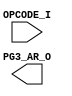
// [TURBO9_DECODE_HEADER_START]
//////////////////////////////////////////////////////////////////////////////
//                          Turbo9 Microprocessor IP
//////////////////////////////////////////////////////////////////////////////
// Website: www.turbo9.org
// Contact: team[at]turbo9[dot]org
//////////////////////////////////////////////////////////////////////////////
// [TURBO9_DECODE_LICENSE_START]
// BSD-1-Clause
//
// Copyright (c) 2020-2023
// Kevin Phillipson
// Michael Rywalt
// All rights reserved.
//
// Redistribution and use in source and binary forms, with or without
// modification, are permitted provided that the following conditions are met:
//
// 1. Redistributions of source code must retain the above copyright notice,
//    this list of conditions and the following disclaimer.
//
// THIS SOFTWARE IS PROVIDED BY THE COPYRIGHT HOLDERS AND CONTRIBUTORS "AS IS"
// AND ANY EXPRESS OR IMPLIED WARRANTIES, INCLUDING, BUT NOT LIMITED TO, THE
// IMPLIED WARRANTIES OF MERCHANTABILITY AND FITNESS FOR A PARTICULAR PURPOSE
// ARE DISCLAIMED. IN NO EVENT SHALL THE COPYRIGHT HOLDERS AND CONTRIBUTORS BE
// LIABLE FOR ANY DIRECT, INDIRECT, INCIDENTAL, SPECIAL, EXEMPLARY, OR
// CONSEQUENTIAL DAMAGES (INCLUDING, BUT NOT LIMITED TO, PROCUREMENT OF
// SUBSTITUTE GOODS OR SERVICES; LOSS OF USE, DATA, OR PROFITS; OR BUSINESS
// INTERRUPTION) HOWEVER CAUSED AND ON ANY THEORY OF LIABILITY, WHETHER IN
// CONTRACT, STRICT LIABILITY, OR TORT (INCLUDING NEGLIGENCE OR OTHERWISE)
// ARISING IN ANY WAY OUT OF THE USE OF THIS SOFTWARE, EVEN IF ADVISED OF THE
// POSSIBILITY OF SUCH DAMAGE.
// [TURBO9_DECODE_LICENSE_END]
//////////////////////////////////////////////////////////////////////////////
// Description:
// Assembled from turbo9_urtl.asm file
// built using cv_AR_SEL ctrl_vec
//
//////////////////////////////////////////////////////////////////////////////
// History:
// 07.14.2023 - Kevin Phillipson
//   File header added
//
//////////////////////////////////////////////////////////////////////////////
// [TURBO9_DECODE_HEADER_END]

/////////////////////////////////////////////////////////////////////////////
//                                MODULE
/////////////////////////////////////////////////////////////////////////////
module turbo9_urtl_decode_pg3_AR(
  input      [7:0] OPCODE_I,
  output reg [3:0] PG3_AR_O
);

/////////////////////////////////////////////////////////////////////////////
//                                LOGIC
/////////////////////////////////////////////////////////////////////////////

always @* begin
  case (OPCODE_I)
    default : PG3_AR_O = 4'hx; // from decode_init
  endcase
end

`ifdef SIM_TURBO9

reg [(8*64):0] PG3_AR_op;

always @* begin
  case (OPCODE_I)
    default : PG3_AR_op = "invalid";
  endcase
end

reg [(8*64):0] PG3_AR_eq;

always @* begin
  case (OPCODE_I)
    default : PG3_AR_eq = "invalid";
  endcase
end

`endif

/////////////////////////////////////////////////////////////////////////////

endmodule